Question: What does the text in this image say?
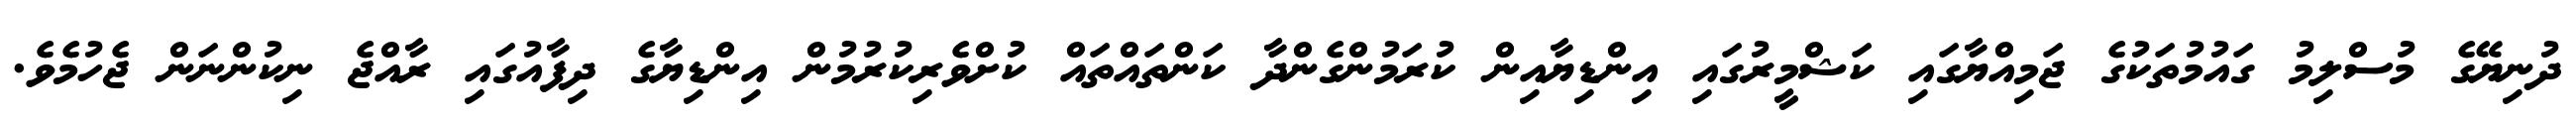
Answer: ދުނިޔޭގެ މުސްލިމު ގައުމުތަކުގެ ޖަމިއްޔާގައި ކަޝްމީރުގައި އިންޑިޔާއިން ކުރަމުންގެންދާ ކަންތައްތައް ކުށްވެރިކުރުމުން އިންޑިޔާގެ ދިފާއުގައި ރާއްޖެ ނިކުންނަން ޖެހުމެވެ.